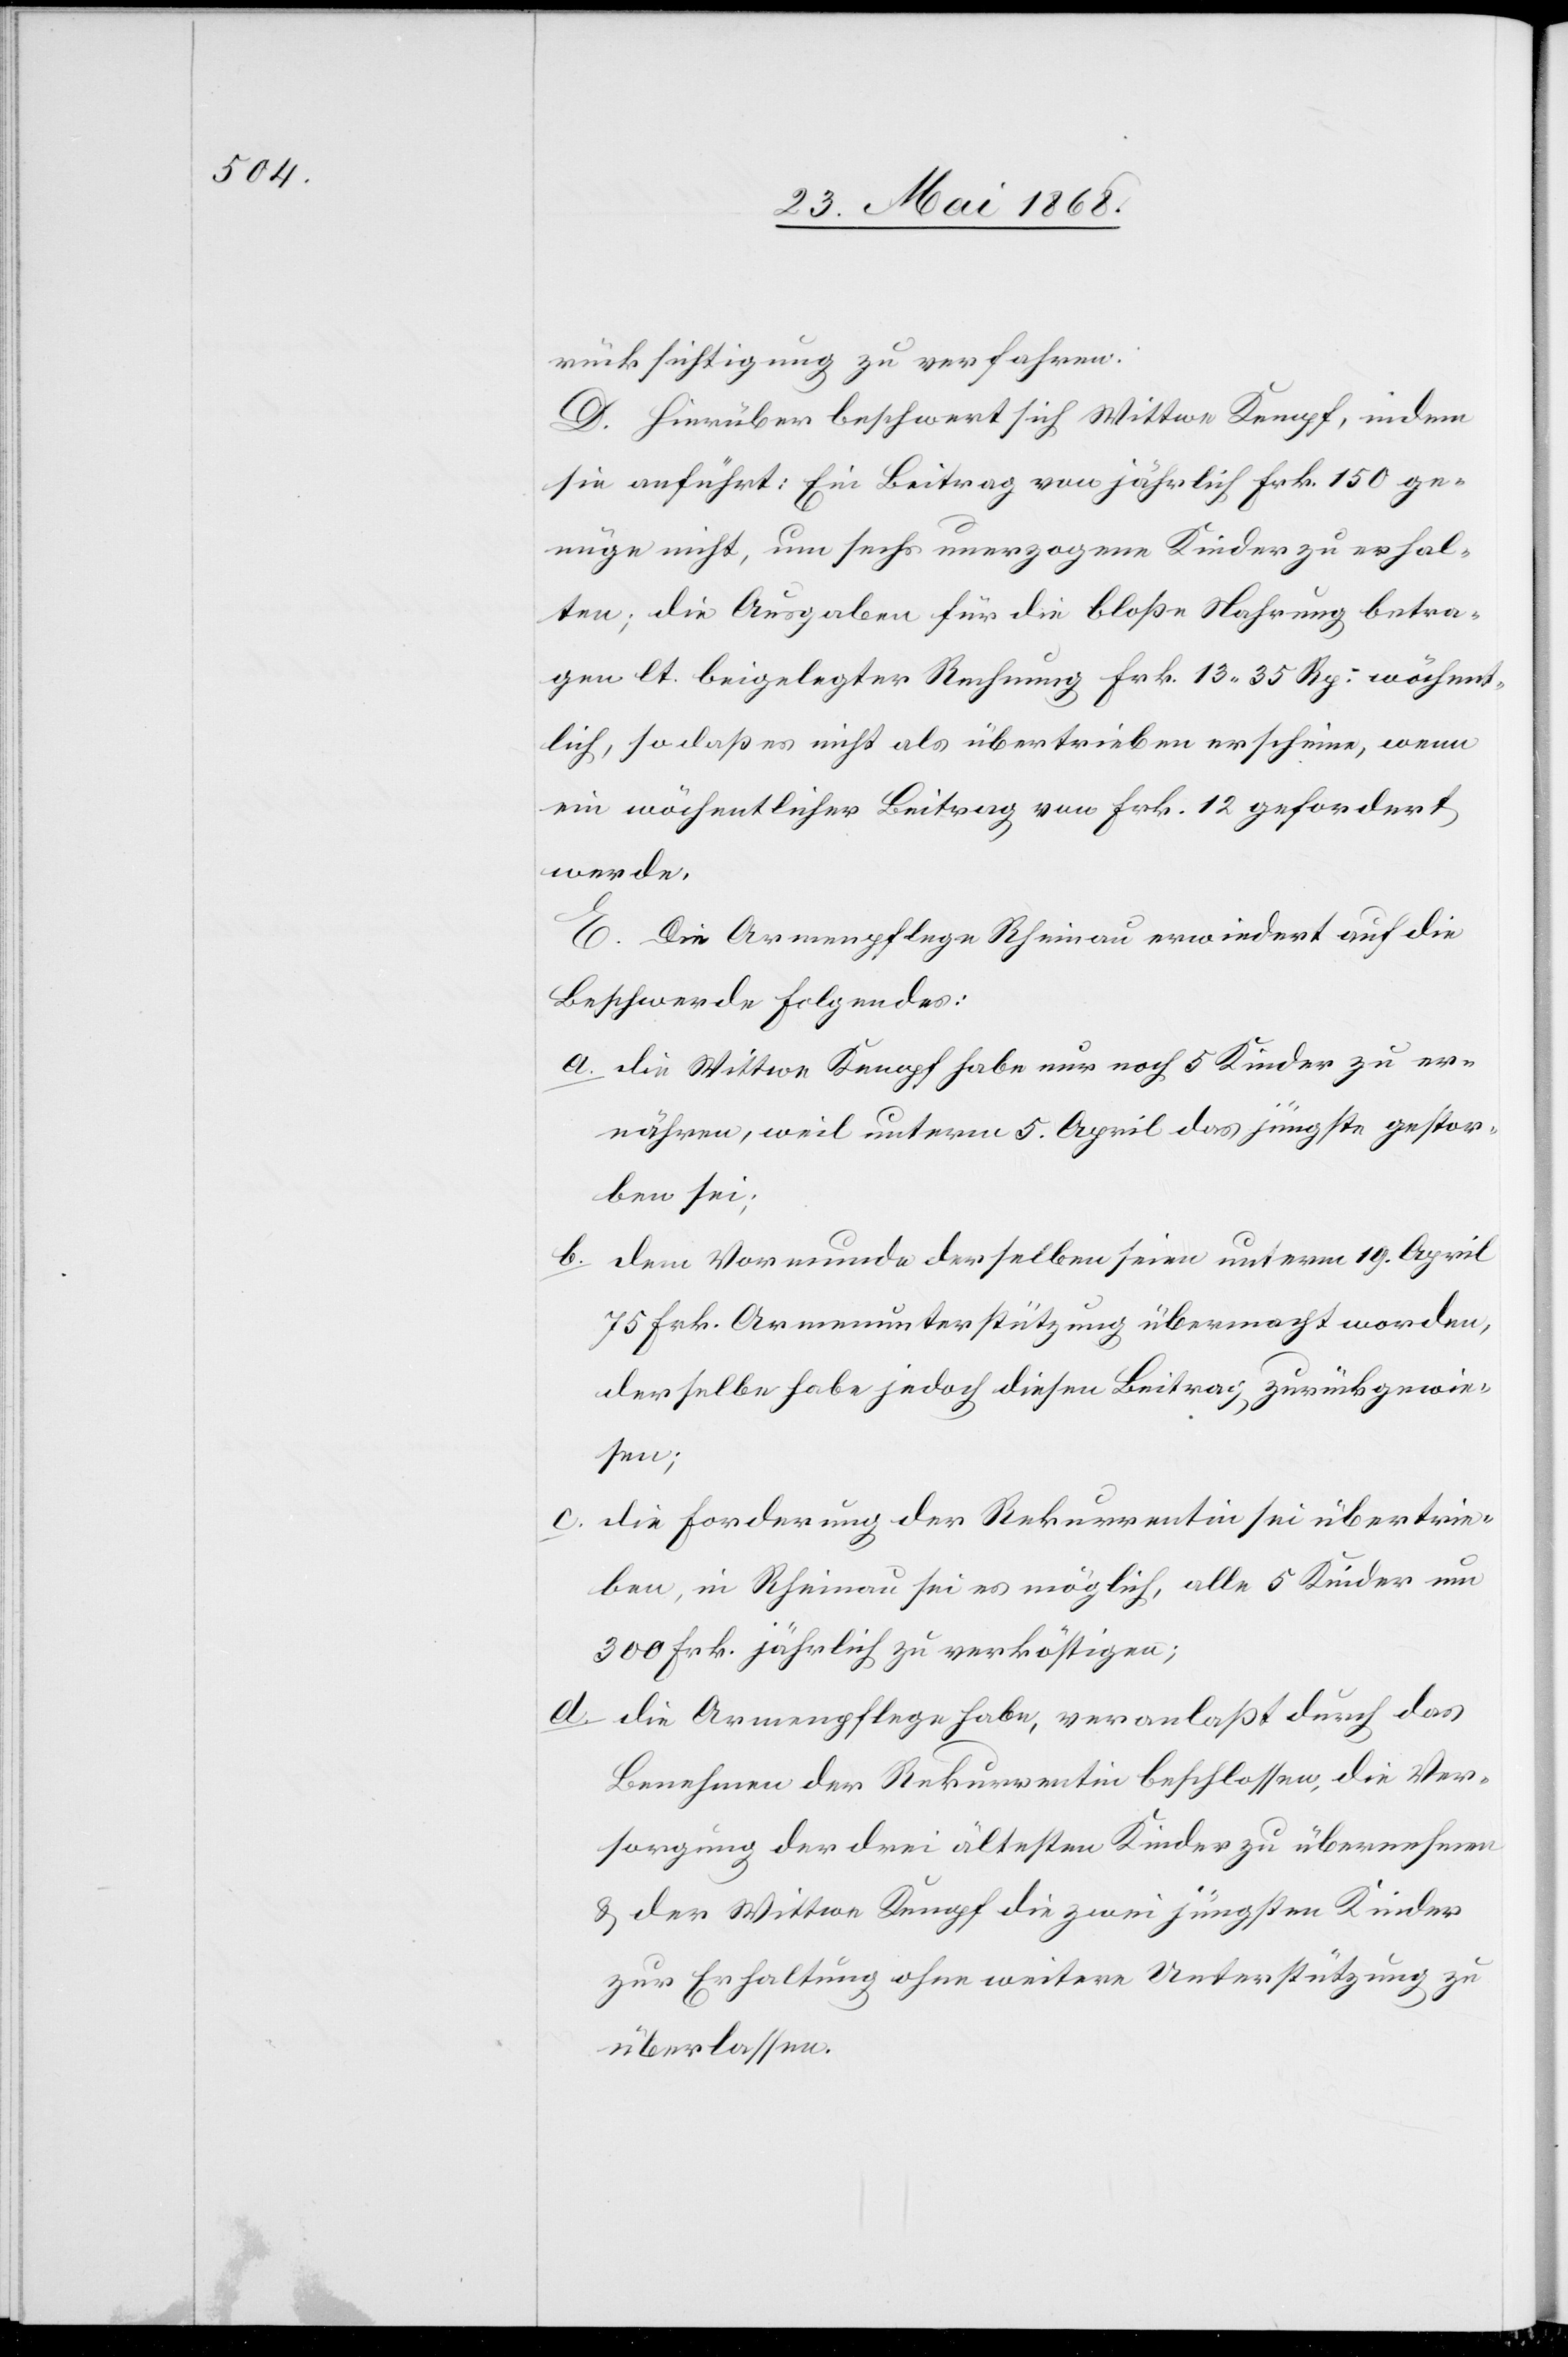
rücksichtigung zu verfahren.
D. Hierüber beschwert sich Wittwe Kempf, indem
sie anführt: Ein Beitrag von jährlich Frk. 150 ge¬
nüge nicht, um sechs unerzogene Kinder zu erhal¬
ten; die Ausgaben für die bloße Nahrung betra¬
gen lt. beigelegter Rechnung Frk. 13. 35 Rp. wöchent¬
lich, so daß es nicht als übertrieben erscheine, wenn
ein wöchentlicher Beitrag von Frk. 12 gefordert
werde.
E. Die Armenpflege Rheinau erwiedert auf die
Beschwerde Folgendes:
die Wittwe Kempf habe nur noch 5 Kinder zu er¬
nähren, weil unterm 5. April das jüngste gestor¬
ben sei;
dem Vormunde derselben seien unterm 19. April
75 Frk. Armenunterstützung übermacht worden,
derselbe habe jedoch diesen Beitrag zurückgewie¬
sen;
die Forderung der Rekurrentin sei übertrie¬
ben, in Rheinau sei es möglich, alle 5 Kinder um
300 Frk. jährlich zu verköstigen;
die Armenpflege habe, veranlaßt durch das
Benehmen der Rekurrentin beschlossen, die Ver¬
sorgung der drei ältesten Kinder zu übernehmen
& der Wittwe Kempf die zwei jüngsten Kinder
zur Erhaltung ohne weitere Unterstützung zu
überlassen.